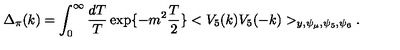
\Delta _ { \pi } ( k ) = \int _ { 0 } ^ { \infty } \frac { d T } { T } \exp \{ - m ^ { 2 } \frac { T } { 2 } \} < V _ { 5 } ( k ) V _ { 5 } ( - k ) > _ { y , \psi _ { \mu } , \psi _ { 5 } , \psi _ { 6 } } .